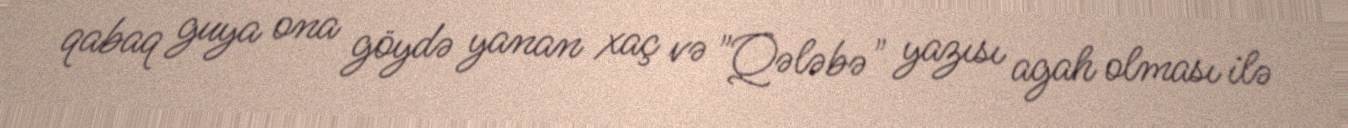
qabaq guya ona göydə yanan xaç və "Qələbə" yazısı agah olması ilə